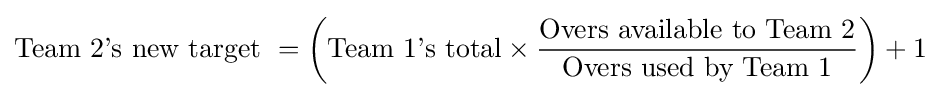
{\text{Team 2's new target }}=\left({{\text{Team 1's total}}\times {\frac {\text{Overs available to Team 2}}{\text{Overs used by Team 1}}}}\right)+1